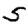
Digit: 5